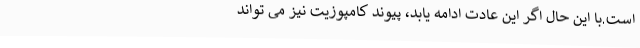
است.با این حال اگر این عادت ادامه یابد، پیوند کامپوزیت نیز می تواند